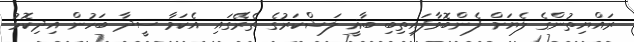
ރައްޔިތުންގެ ލެޔަށް ފެންބޮވާފައިތިބި ބާޣީ ލަޝްކަރުގެ ތެރޭގައި އެކަމާ ސީދާ ބަހުން އިދިކޮޅު